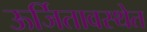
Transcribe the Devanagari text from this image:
ऊर्जितावस्थेत